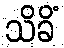
သိခိံ